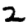
Digit: 2